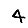
Digit: 4